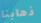
ذهابنا